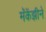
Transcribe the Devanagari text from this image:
मॅकेंझीने